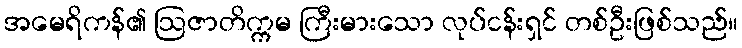
အမေရိကန်၏ ဩဇာတိက္ကမ ကြီးမားသော လုပ်ငန်းရှင် တစ်ဦးဖြစ်သည်။